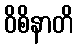
ဝိစိနာတိ